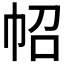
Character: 𢁾